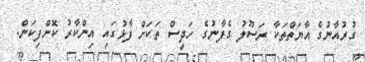
ގުރުއާނުގެ އާޔަތްތަކާ ރަސޫލު ގެފާނުގެ ހަދީސް ތަކަށް ފާޅުގައި އިންކާރު ކޮށްފިކަން.